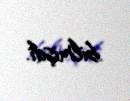
bilmişdi.